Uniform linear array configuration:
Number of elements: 4
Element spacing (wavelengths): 0.25
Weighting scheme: exponential
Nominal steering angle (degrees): -45
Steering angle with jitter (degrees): -46.958
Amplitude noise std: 0.05
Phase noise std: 0.05

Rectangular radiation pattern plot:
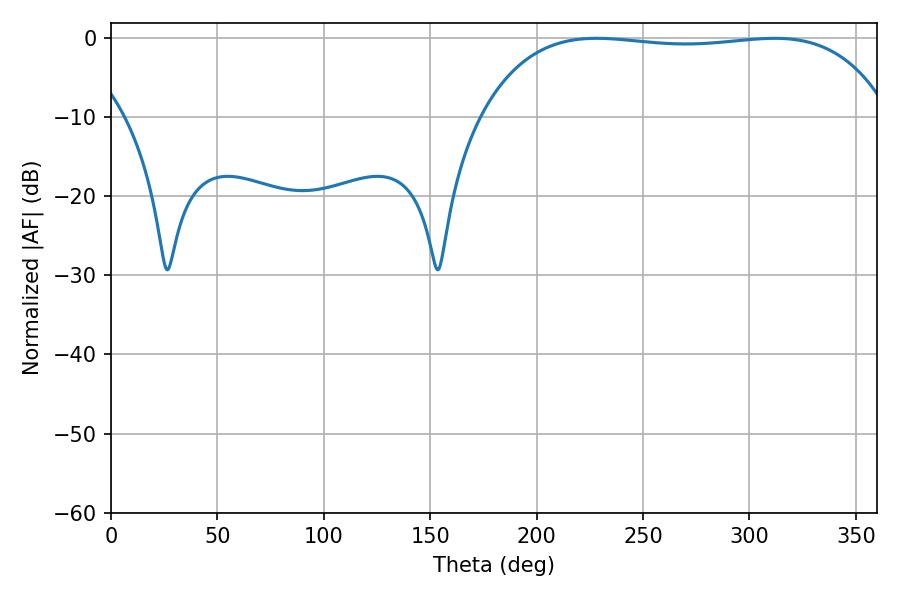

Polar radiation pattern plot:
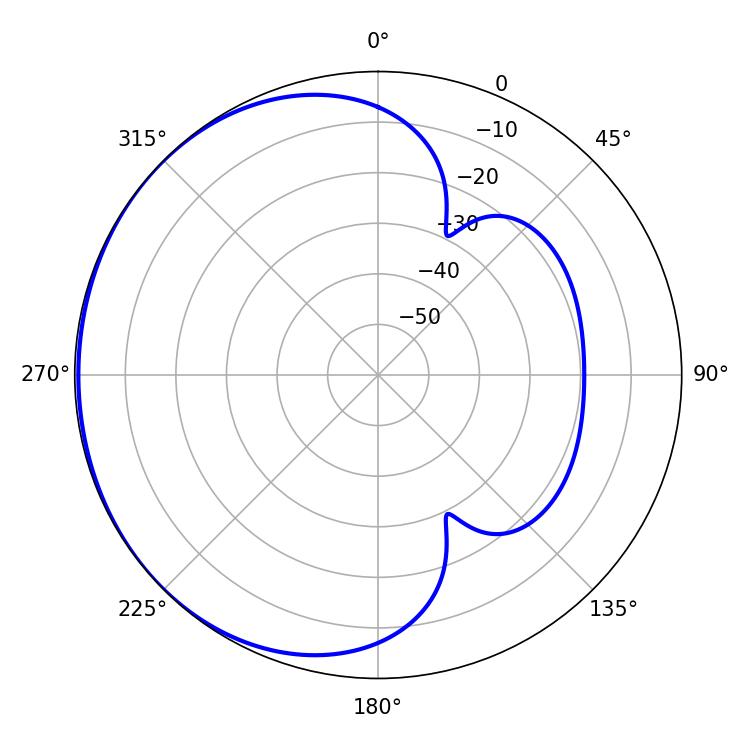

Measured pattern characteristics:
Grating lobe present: FALSE
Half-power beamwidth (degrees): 152.64
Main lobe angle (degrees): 228.24